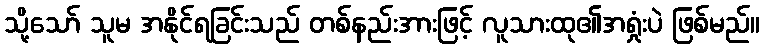
သို့သော် သူမ အနိုင်ရခြင်းသည် တစ်နည်းအားဖြင့် လူသားထု၏အရှုံးပဲ ဖြစ်မည်။